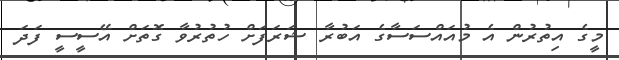
މީގެ އިތުރުން އެ މުއައްސަސާގެ އަބުރާ ޝަރަފަށް ހުތުރުވާ ގޮތަށް އޭސީސީ ފަދަ